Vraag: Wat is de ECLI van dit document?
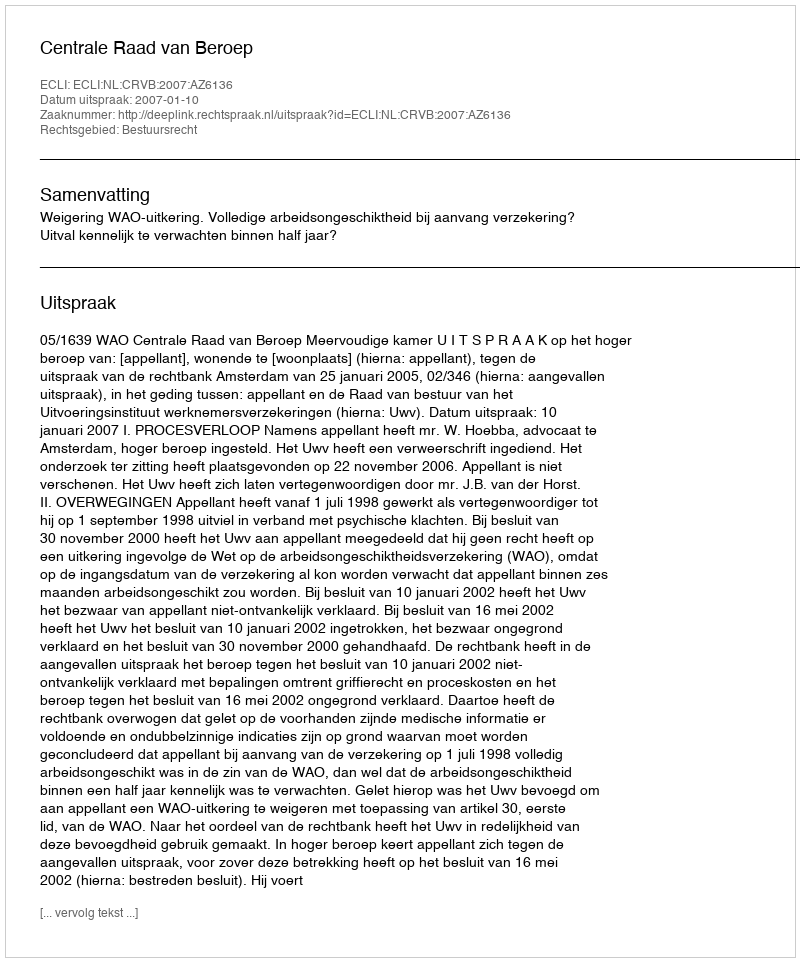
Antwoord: ECLI:NL:CRVB:2007:AZ6136